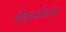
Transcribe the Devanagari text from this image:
विद्यार्थ्यांमध्येच